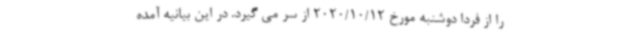
را از فردا دوشنبه مورخ 2020/10/12 از سر می گیرد. در این بیانیه آمده